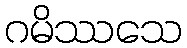
ဂမိဿသေ